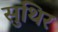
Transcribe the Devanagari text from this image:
सुथिर